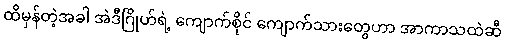
ထိမှန်တဲ့အခါ အဲဒီဂြိုဟ်ရဲ့ ကျောက်စိုင် ကျောက်သားတွေဟာ အာကာသထဲဆီ